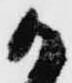
か